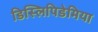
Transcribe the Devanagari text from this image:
डिस्लिपिडेमिया